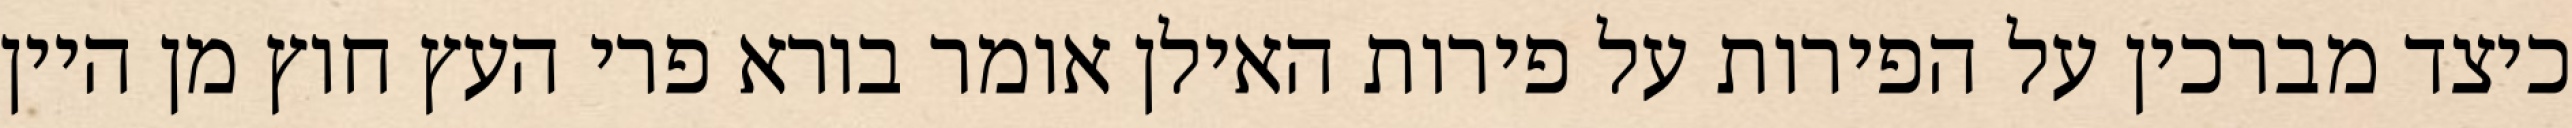
כיצד מברכין על הפירות על פירות האילן אומר בורא פרי העץ חוץ מן היין